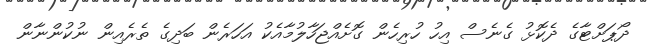
ދޯޕަށްޓާގެ ދެކޮޅު ގެނެސް އިހު ހުރިހެން ގޮށެއްޖަހާލުމާއެކު އަހަރެން ބަދިގެ ތެރެއިން ނުކުންނާން